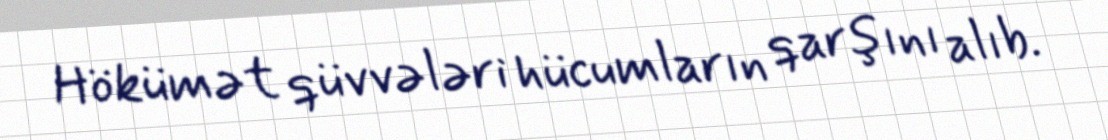
Hökümət qüvvələri hücumların qarşını alıb.